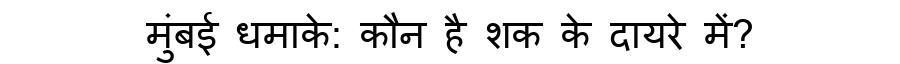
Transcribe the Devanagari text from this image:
मुंबई धमाके: कौन है शक के दायरे में?